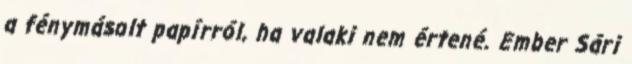
a fénymásolt papírról, ha valaki nem értené. Ember Sári